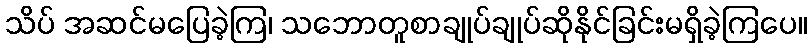
သိပ် အဆင်မပြေခဲ့ကြ၊ သဘောတူစာချုပ်ချုပ်ဆိုနိုင်ခြင်းမရှိခဲ့ကြပေ။